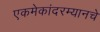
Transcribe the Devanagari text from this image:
एकमेकांदरम्यानचे